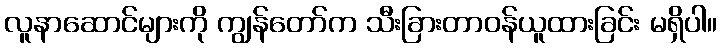
လူနာဆောင်များကို ကျွန်တော်က သီးခြားတာဝန်ယူထားခြင်း မရှိပါ။